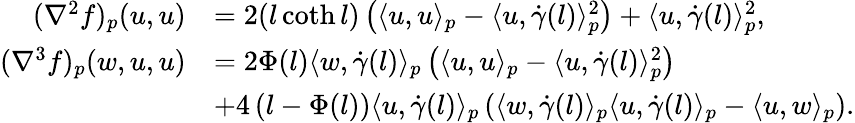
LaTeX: \begin{array}{rl}{(\nabla^{2}f)_{p}(u,u)}&{=2(l\coth l)\left(\langle u,u\rangle_{p}-\langle u,\dot{\gamma}(l)\rangle_{p}^{2}\right)+\langle u,\dot{\gamma}(l)\rangle_{p}^{2},}\\ {(\nabla^{3}f)_{p}(w,u,u)}&{=2\Phi(l)\langle w,\dot{\gamma}(l)\rangle_{p}\left(\langle u,u\rangle_{p}-\langle u,\dot{\gamma}(l)\rangle_{p}^{2}\right)}\\ &{+4\left(l-\Phi(l)\right)\langle u,\dot{\gamma}(l)\rangle_{p}\left(\langle w,\dot{\gamma}(l)\rangle_{p}\langle u,\dot{\gamma}(l)\rangle_{p}-\langle u,w\rangle_{p}\right).}\end{array}